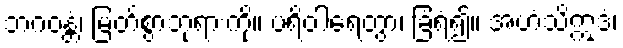
ဘဂဝန္တံ၊ မြတ်စွာဘုရားကို။ ပရိဝါရေတွာ၊ ခြံရံ၍။ အဟံသိဣဒံ၊